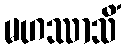
မဟဿာသိံ